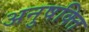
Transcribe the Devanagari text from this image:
अनुषक्ति